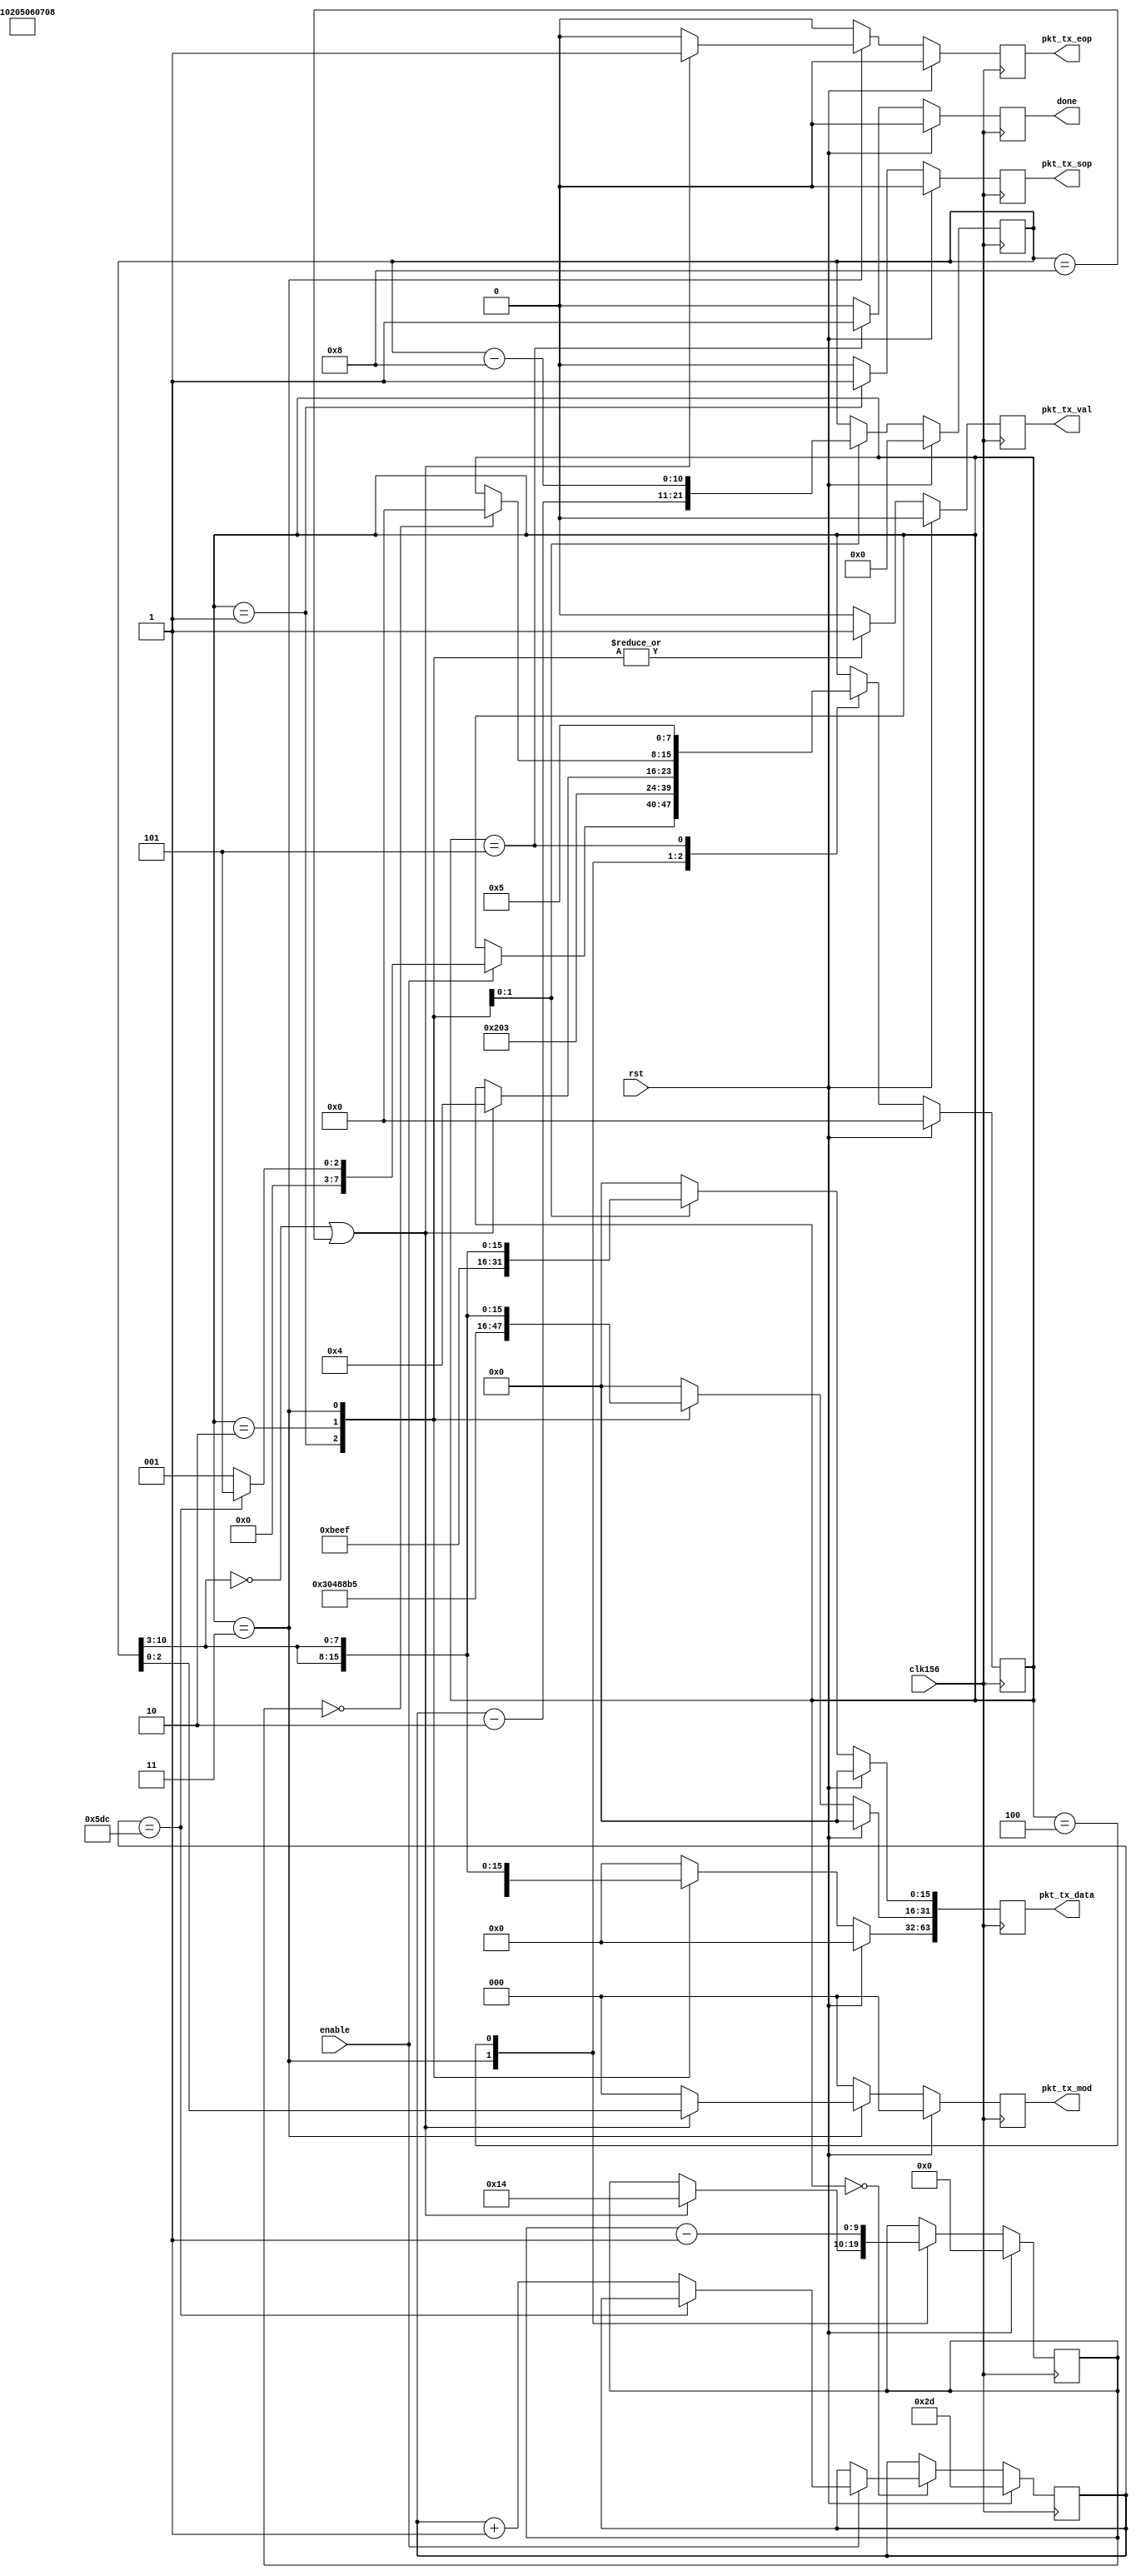
//
// Synthesizable Tx checker for 10G Ethernet MAC.
// Generates deterministic packets that can be looped back and
// checked for correctness
//
`define IDLE 0
`define MAC1 1
`define MAC2 2
`define PAYLOAD1 3
`define WAIT 4
`define DONE 5


module tx_checker
  (
   input clk156,
   input rst,
   input enable,
   output reg done,
   //
   output reg pkt_tx_val,
   output reg pkt_tx_sop,
   output reg pkt_tx_eop,
   output reg [2:0] pkt_tx_mod,
   output reg [63:0] pkt_tx_data
   );
   
   reg [10:0] 	 payload;
   reg [10:0] 	 count;
   reg [7:0] 	 state;
   reg [9:0] 	 delay;
   
   
   


always @(posedge clk156)
  if (rst)
    begin
       state <= `IDLE;
       count <= 0;
       payload <= 45; // 1 less than ethernet minimum payload size.\
       done <= 0;
       delay <= 0;
       pkt_tx_val <= 0;
       pkt_tx_sop <= 0;
       pkt_tx_eop <= 0;
       pkt_tx_data <= 0;
       pkt_tx_mod <= 0;
    end
  else 
    begin
       state <= state;
       pkt_tx_val <= 0;
       pkt_tx_sop <= 0;
       pkt_tx_eop <= 0;
       pkt_tx_data <= 0;
       pkt_tx_mod <= 0;
       payload <= payload;
       count <= count;
       done <= 0;
       delay <= delay;
       
       
  
       case(state)
	 // Wait in IDLE state until enabled.
	 // As we leave the idle state increment the payload count
	 // so that we have a test pattern that changes each iteration.
	 `IDLE: begin
	    if (enable)
	      begin
		 if (payload == 1500)
		   state <= `DONE;
		 else
		   begin
		      payload <= payload + 1; // Might need to tweak this later..
		      state <= `MAC1;
		   end
	      end
	 end
	 // Assert SOP (Start of Packet) for 1 cycle.
	 // Assert VAL (Tx Valid) for duration of packet.
	 // Put first 8 octets out, including
	 // DST MAC addr and first 2 bytes of SRC MAC.
	 `MAC1: begin
	    pkt_tx_val <= 1;
	    pkt_tx_sop <= 1;
	    pkt_tx_data[63:16] <= 48'h0001020304; // DST MAC
	    pkt_tx_data[15:0] <= 16'h0000; // SRC MAC msb's
	    pkt_tx_mod <= 3'h0; // All octects valid
	    state <= `MAC2;
	 end
	 // SOP now deasserted for rest of packet.
	 // VAL remains asserted.
	 // Tx rest of SRC MAC and ether type then first two data octets.
	 `MAC2: begin
	    pkt_tx_val <= 1;
	    pkt_tx_data[63:32] <= 32'h05060708; // SRC MAC lsb's
	    pkt_tx_data[31:16] <= 16'h88b5;     // Ethertype
	    pkt_tx_data[15:0] <= 16'hBEEF;      // First 2 bytes of payload.
	    pkt_tx_mod <= 3'h0; // All octects valid
	    count <= payload - 2; // Preload counter for this packet
	    state <= `PAYLOAD1;
	 end
	 // Iterate in this state until end of packet.
	 // The first clock cycle in this state, SRC MAC and ETHERTYPE are being Tx'ed due to pipelining
	 `PAYLOAD1: begin
	    pkt_tx_val <= 1;
	    pkt_tx_data <= {8{count[10:3]}}; // Data pattern is 64bit word count value.
	    count <= count - 8;
	    if ((count[10:3] == 0) || (count[10:0] == 8)) // down to 8 or less octects to Tx.
	      begin
		 pkt_tx_mod <= count[2:0];
		 pkt_tx_eop <= 1;
		 state <= `WAIT;
		 delay <= 20; // 20 cycle delay in END state before Tx next packet
	      end
	 end // case: `PAYLOAD1
	 // Because of pipelining EOP is actually asserted in this state
	 // but we are already commited to the end of packet so no decisions need to be made.
	 // Make signals idle ready for next state after.
	 // Delay start of next packet to rate control test.
	 `WAIT:begin
	    delay <= delay - 1;
	    if (delay == 0)
	      state <= `IDLE;	    
	 end
	 // Have now transmitted one packet of every legal size (no jumbo frames)
	 // Stay in this state asserting done flag until reset.
	 `DONE:begin 	   
	    state <= `DONE;
	    done <= 1;
	 end
	 
       endcase // case(state)
      
    end	    
	    
endmodule // tx_checker